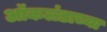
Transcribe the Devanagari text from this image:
ऑकलंडाच्या